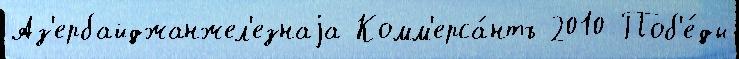
Аз'ербайджанжел'езнаjа Комм'ерса́нтъ 2010 Поб'е́ды